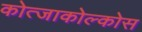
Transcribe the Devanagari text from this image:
कोत्जाकोल्कोस